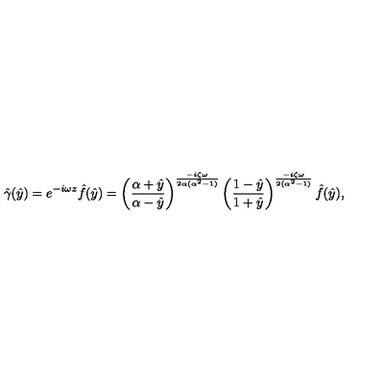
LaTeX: \hat { \gamma } ( \hat { y } ) = e ^ { - i \omega z } \hat { f } ( \hat { y } ) = \left( \frac { \alpha + \hat { y } } { \alpha - \hat { y } } \right) ^ { \frac { - i \zeta \omega } { 2 \alpha ( \alpha ^ { 2 } - 1 ) } } \left( \frac { 1 - \hat { y } } { 1 + \hat { y } } \right) ^ { \frac { - i \zeta \omega } { 2 ( \alpha ^ { 2 } - 1 ) } } \hat { f } ( \hat { y } ) ,